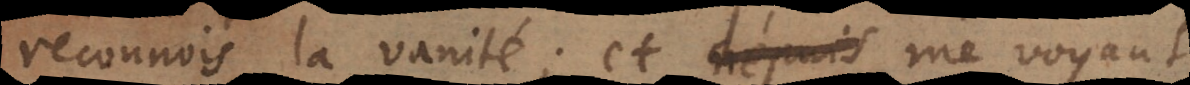
reconnois la vanité; et me voyant